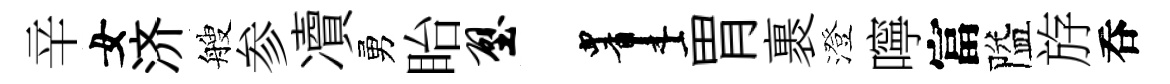
辛女济艘参凟勇眙壁画胃裹澄嚀富隘斿呑